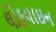
લોફવાઇન